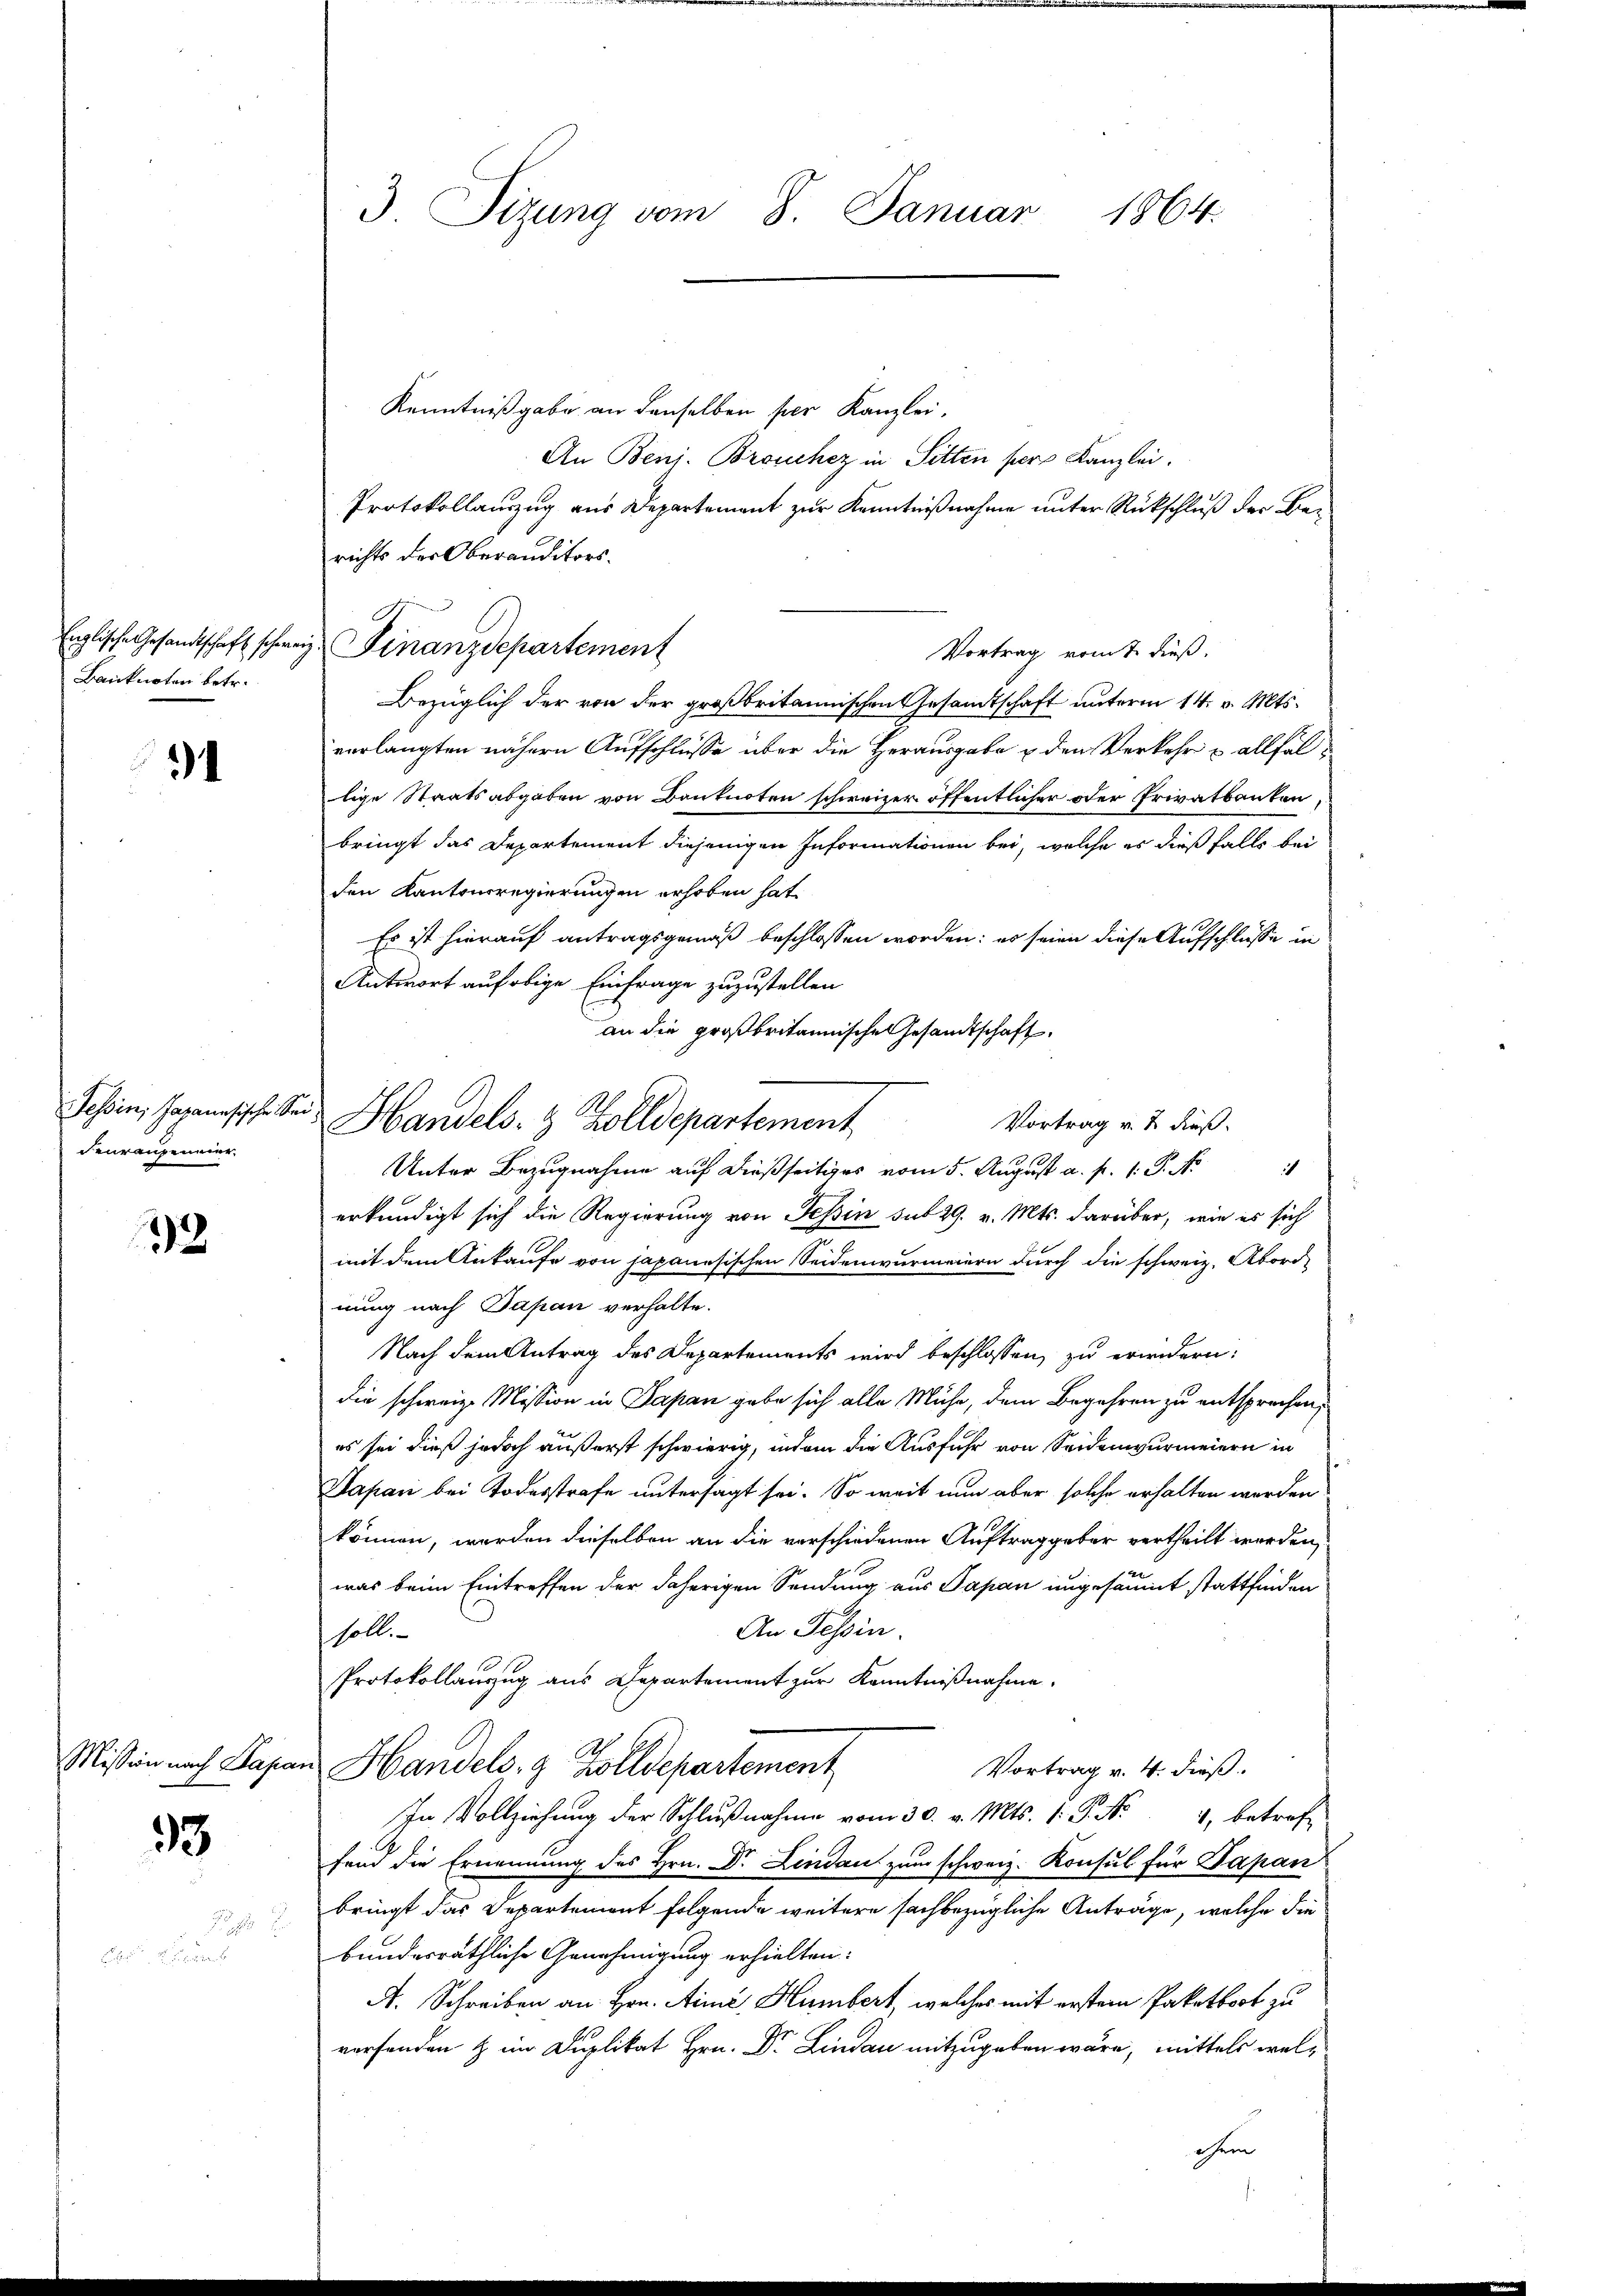
Banknoten betr.

4

Tessin, Japanesische Se
denraugenmer

22

93

n

3 Sizung vom 8. Januar 1864.

Kenntnißgabe an denselben per Kanzlei,
An Benj. Brouchez in Sitten per Kanzlei.
Protokollauszug aus Departement zur Kenntnißnahme unter Rückschluß der Berichts der Oberanditors.
Vortrag vom 7. dieß.
Bezüglich der von der großbritannischen Gesandtschaft unterm 14. v. Mts.
verlangten nähern Aufschlusse über die Herausgabe u den Verkehr u allfältige Staatsabgaben von Donknoten schweizer öffentlicher oder Privatbanken,
bringt das Departement diejenigen Informationen bei, welche es dießfalls bei
den Kantonsregierungen erhoben hat.
Es ist hierauf antragsgemäß beschlossen worden: es seien diese Aufschlüsse in
Antwort auf obige Einfrage zuzustellen.
an die großbritannische Gesandtschaft.
ich
Unter Bezugnahme auf dießseitiges vom 5. August a. p. 1. P. N
erkundigt sich die Regierung von Tessin sub 29. v. Mts. darüber, wie es sich
mit dem Ankaufe von japanesischen Seidenwurmeiern durch die schweiz. Abordnung nach Papan verhalte.
Nach dem Antrag des Departements wird beschlossen, zu erindern:
die schweiz. Mission in Papan gabe sich alle Mühe, dem Begehren zu entsprechen,
es sei dieß jedoch äußerst schwierig, indem die Ausfuhr von Seidenwurmeiern in
Sapan bei Todesstrafe untersagt sei. So weit nun aber solche erhalten werden
können, werden dieselben an die verschiedenen Auftrag geber vertheilt werden,
was beim Eintreffen der daherigen Sendung aus Papan ungesäumt stattfinden
An Tessin.
soll
Protokollauszug aus Departement zur Kenntnißnahme.
Mission nach Papan Handels- & Zolldepartement
Vortrag v. 4. dieß.
n Vollziehŭng der Schlŭβnahme vom 30. v. Mts. 1. P. Nr. 4, betref
fend die Ernennung des Hrn. Dr. Lindau zum schweiz. Konsul für Papan
bringt das Departement folgende weitere sachbezügliche Anträge, welche die
bundesräthliche Genehmigung erhielten:
A. Schreiben an Hrn. Aimi, Humbert, welches mit erstem Paketboot zu
werfenden & in Duplikat Hrn. Dr. Lindau mitzugeben wäre, mittels weloheen |

C
Englische Gesandtschaft schweiz. Finanzdepartement

u
Handels- & Zolldepartement

Vortrag v. 2. Fuß.